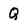
Character: Q